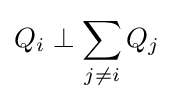
Q_{i}\perp \sum _{j\neq i}Q_{j}